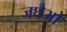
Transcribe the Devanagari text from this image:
जघैओ